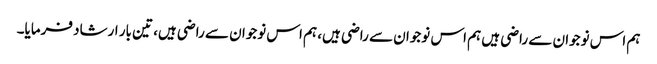
ہم اس نوجوان سے راضی ہیں ہم اس نوجوان سے راضی ہیں، ہم اس نوجوان سے راضی ہیں، تین بار ارشاد فرمایا۔